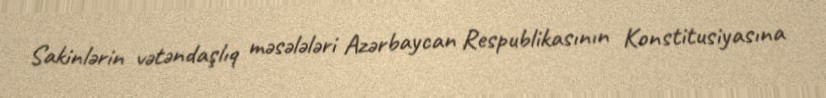
Sakinlərin vətəndaşlıq məsələləri Azərbaycan Respublikasının Konstitusiyasına